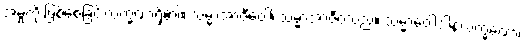
အမှုကို ဖြစ်စေခြင်းလက္ခဏာရှိ၏။ သမ္မာအာဇီဝေါ၊ သမ္မာအာဇီဝသည်။ သမ္မာဝေါဒါနလက္ခဏော၊